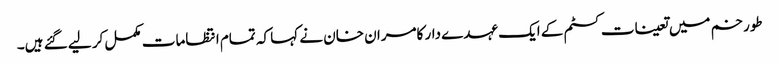
طورخم میں تعینات کسٹم کے ایک عہدے دار کامران خان نے کہا کہ تمام انتظامات مکمل کر لیے گئے ہیں۔